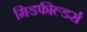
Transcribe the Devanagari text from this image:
मिडफील्‍डर्स